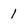
Character: l